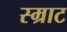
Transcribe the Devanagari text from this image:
स्म्राट